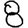
Digit: 8